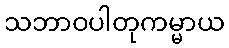
သဘာဝပါတုကမ္မာယ